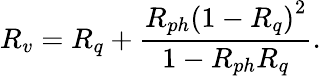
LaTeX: R_{v}=R_{q}+\frac{R_{ph}\left(1-R_{q}\right)^{2}}{1-R_{ph}R_{q}}.